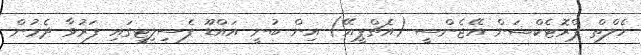
ހެލްތް ޕްރޮޓެކްޝަން އޭޖެންސީ (އެޗްޕީއޭ) އިން ބުނީ އައްޑޫ ފެސިލިޓީގައި ފަރުވާ ދެމުން